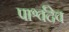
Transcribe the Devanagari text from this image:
पार्श्वदेव